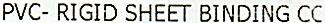
PVC- RIGID SHEET BINDING CC